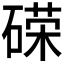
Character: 𰧓